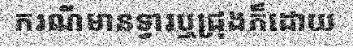
ករណីមានទ្វារឬជ្រុងក៏ដោយ